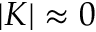
| K | \approx 0